system: You are a helpful assistant.
user:
Analyze the provided spectrum to determine if it is a **"Cataclysmic Variables (CV)"**.

- **Key Indicators for CV (Check for either state):**
    - **State 1: Quiescent / Low-State (Emission-Dominated)**
        - **(Primary):** Strong and *very broad* Hydrogen Balmer emission lines (e.g., $H\alpha$ at 6563 Å, $H\beta$ at 4861 Å). The 'broadness' (high velocity dispersion, often FWHM > 1000 km/s) is the key diagnostic, indicating a high-velocity accretion disk.
        - **(Secondary):** Broad neutral Helium (He I) emission lines (e.g., 5876 Å, 6678 Å).
        - **(Key Confirmation):** Presence of high-excitation *ionized* Helium (He II) emission at 4686 Å. This is a strong indicator of accretion onto a white dwarf.
        - **(Line Profile):** Emission lines may exhibit a 'double-peaked' profile, which is a classic signature of a rotating accretion disk viewed at high inclination.

    - **State 2: Outburst / High-State (Absorption-Dominated)**
        - **(Primary):** Spectrum is dominated by a bright, blue continuum (looks like a hot star).
        - **(Secondary):** The emission lines from State 1 are weak, absent, or 'filled in', and are replaced by broad, shallow *absorption* lines (primarily Balmer and He I).
        - **(Morphology):** The overall spectrum mimics a hot B/A-type star. The crucial difference is that the absorption lines are significantly broader, shallower, and more 'washed-out' (or 'smeared') than the sharp lines of a normal stellar photosphere, due to high rotational speeds and pressure broadening in the disk.

Think first, call **spectral_visualization_tool** if needed to examine features in detail, then provide your final answer. Your response must adhere to the following strict rules:
1.  **Overall Structure:** Your response must follow the format `<think>...</think> <tool_call>...</tool_call> (if a tool is used) <answer>...</answer>`.
2.  **Tool Usage Constraint:** You may only make **one** tool call per turn.
3.  **Final Answer Format:** In the `<answer>` tag, your conclusion must be inside a `\boxed{}` command (e.g., `\boxed{YES}`), followed by your justification.

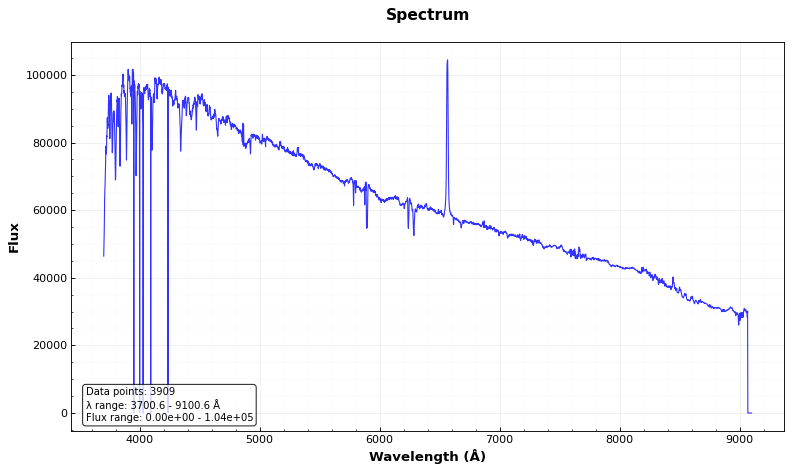
Answer: NO